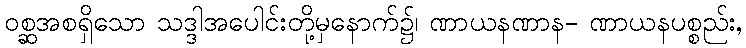
ဝစ္ဆအစရှိသော သဒ္ဒါအပေါင်းတို့မှနောက်၌၊ ဏာယနဏာန- ဏာယနပစ္စည်း,